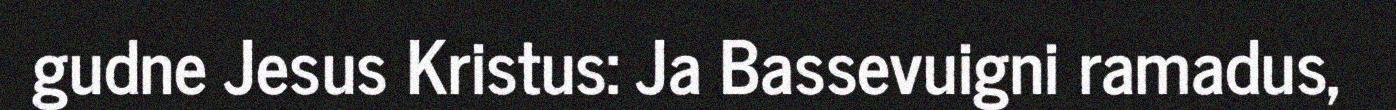
gudne Jesus Kristus: Ja Bassevuigni ramadus,